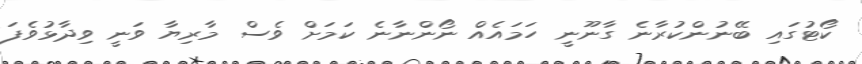
ކޯޓުގައި ބޭނުންކުރާނެ ގާނޫނީ ހަމައެއް ނޯންނާނެ ކަމަށް ވެސް މާރިޔާ ވަނީ ވިދާޅުވެފަ